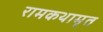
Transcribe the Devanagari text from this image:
रामकथामृत